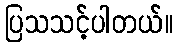
ပြသသင့်ပါတယ်။